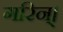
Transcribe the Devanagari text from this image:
गरिन्।